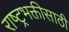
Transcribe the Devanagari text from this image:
राष्ट्रभक्तीसाठी